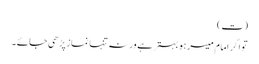
(ت)
تو اگر امام میسر ہو بہتر ہے ورنہ تنہا نماز پڑھی جائے ۔